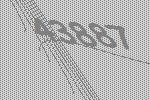
43887